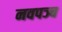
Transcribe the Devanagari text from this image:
नवपञ्च